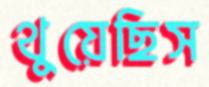
থুয়েছিস